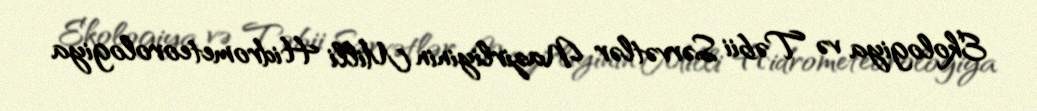
Ekologiya və Təbii Sərvətlər Nazirliyinin Milli Hidrometeorologiya